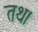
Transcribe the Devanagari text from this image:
तथ।